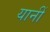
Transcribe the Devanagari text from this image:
यानीं